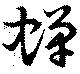
蝉